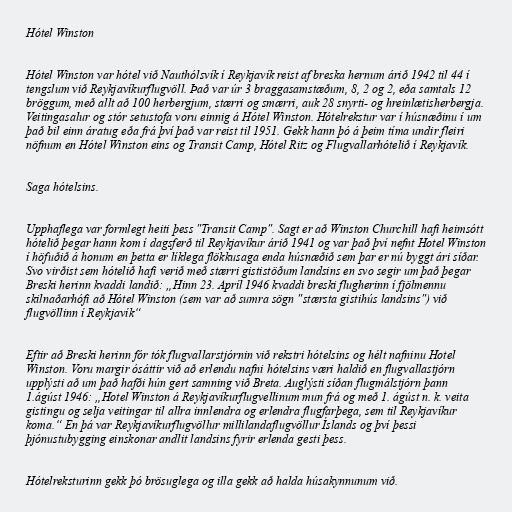
Hótel Winston

Hótel Winston var hótel við Nauthólsvík í Reykjavík reist af breska hernum árið 1942 til 44 í
tengslum við Reykjavíkurflugvöll. Það var úr 3 braggasamstæðum, 8, 2 og 2, eða samtals 12
bröggum, með allt að 100 herbergjum, stærri og smærri, auk 28 snyrti- og hreinlætisherbergja.
Veitingasalur og stór setustofa voru einnig á Hótel Winston. Hótelrekstur var í húsnæðinu í um
það bil einn áratug eða frá því það var reist til 1951. Gekk hann þó á þeim tíma undir fleiri
nöfnum en Hótel Winston eins og Transit Camp, Hótel Ritz og Flugvallarhótelið í Reykjavík.

Saga hótelsins.

Upphaflega var formlegt heiti þess "Transit Camp". Sagt er að Winston Churchill hafi heimsótt
hótelið þegar hann kom í dagsferð til Reykjavíkur árið 1941 og var það því nefnt Hotel Winston
í höfuðið á honum en þetta er líklega flökkusaga enda húsnæðið sem þar er nú byggt ári síðar.
Svo virðist sem hótelið hafi verið með stærri gististöðum landsins en svo segir um það þegar
Breski herinn kvaddi landið: „Hinn 23. Apríl 1946 kvaddi breski flugherinn í fjölmennu
skilnaðarhófi að Hótel Winston (sem var að sumra sögn "stærsta gistihús landsins") við
flugvöllinn í Reykjavík“

Eftir að Breski herinn fór tók flugvallarstjórnin við rekstri hótelsins og hélt nafninu Hotel
Winston. Voru margir ósáttir við að erlendu nafni hótelsins væri haldið en flugvallastjórn
upplýsti að um það hafði hún gert samning við Breta. Auglýsti síðan flugmálstjórn þann
1.ágúst 1946: „Hotel Winston á Reykjavíkurflugvellinum mun frá og með 1. ágúst n. k. veita
gistingu og selja veitingar til allra innlendra og erlendra flugfarþega, sem til Reykjavíkur
koma.“ En þá var Reykjavíkurflugvöllur millilandaflugvöllur Íslands og því þessi
þjónustubygging einskonar andlit landsins fyrir erlenda gesti þess.

Hótelreksturinn gekk þó brösuglega og illa gekk að halda húsakynnunum við.